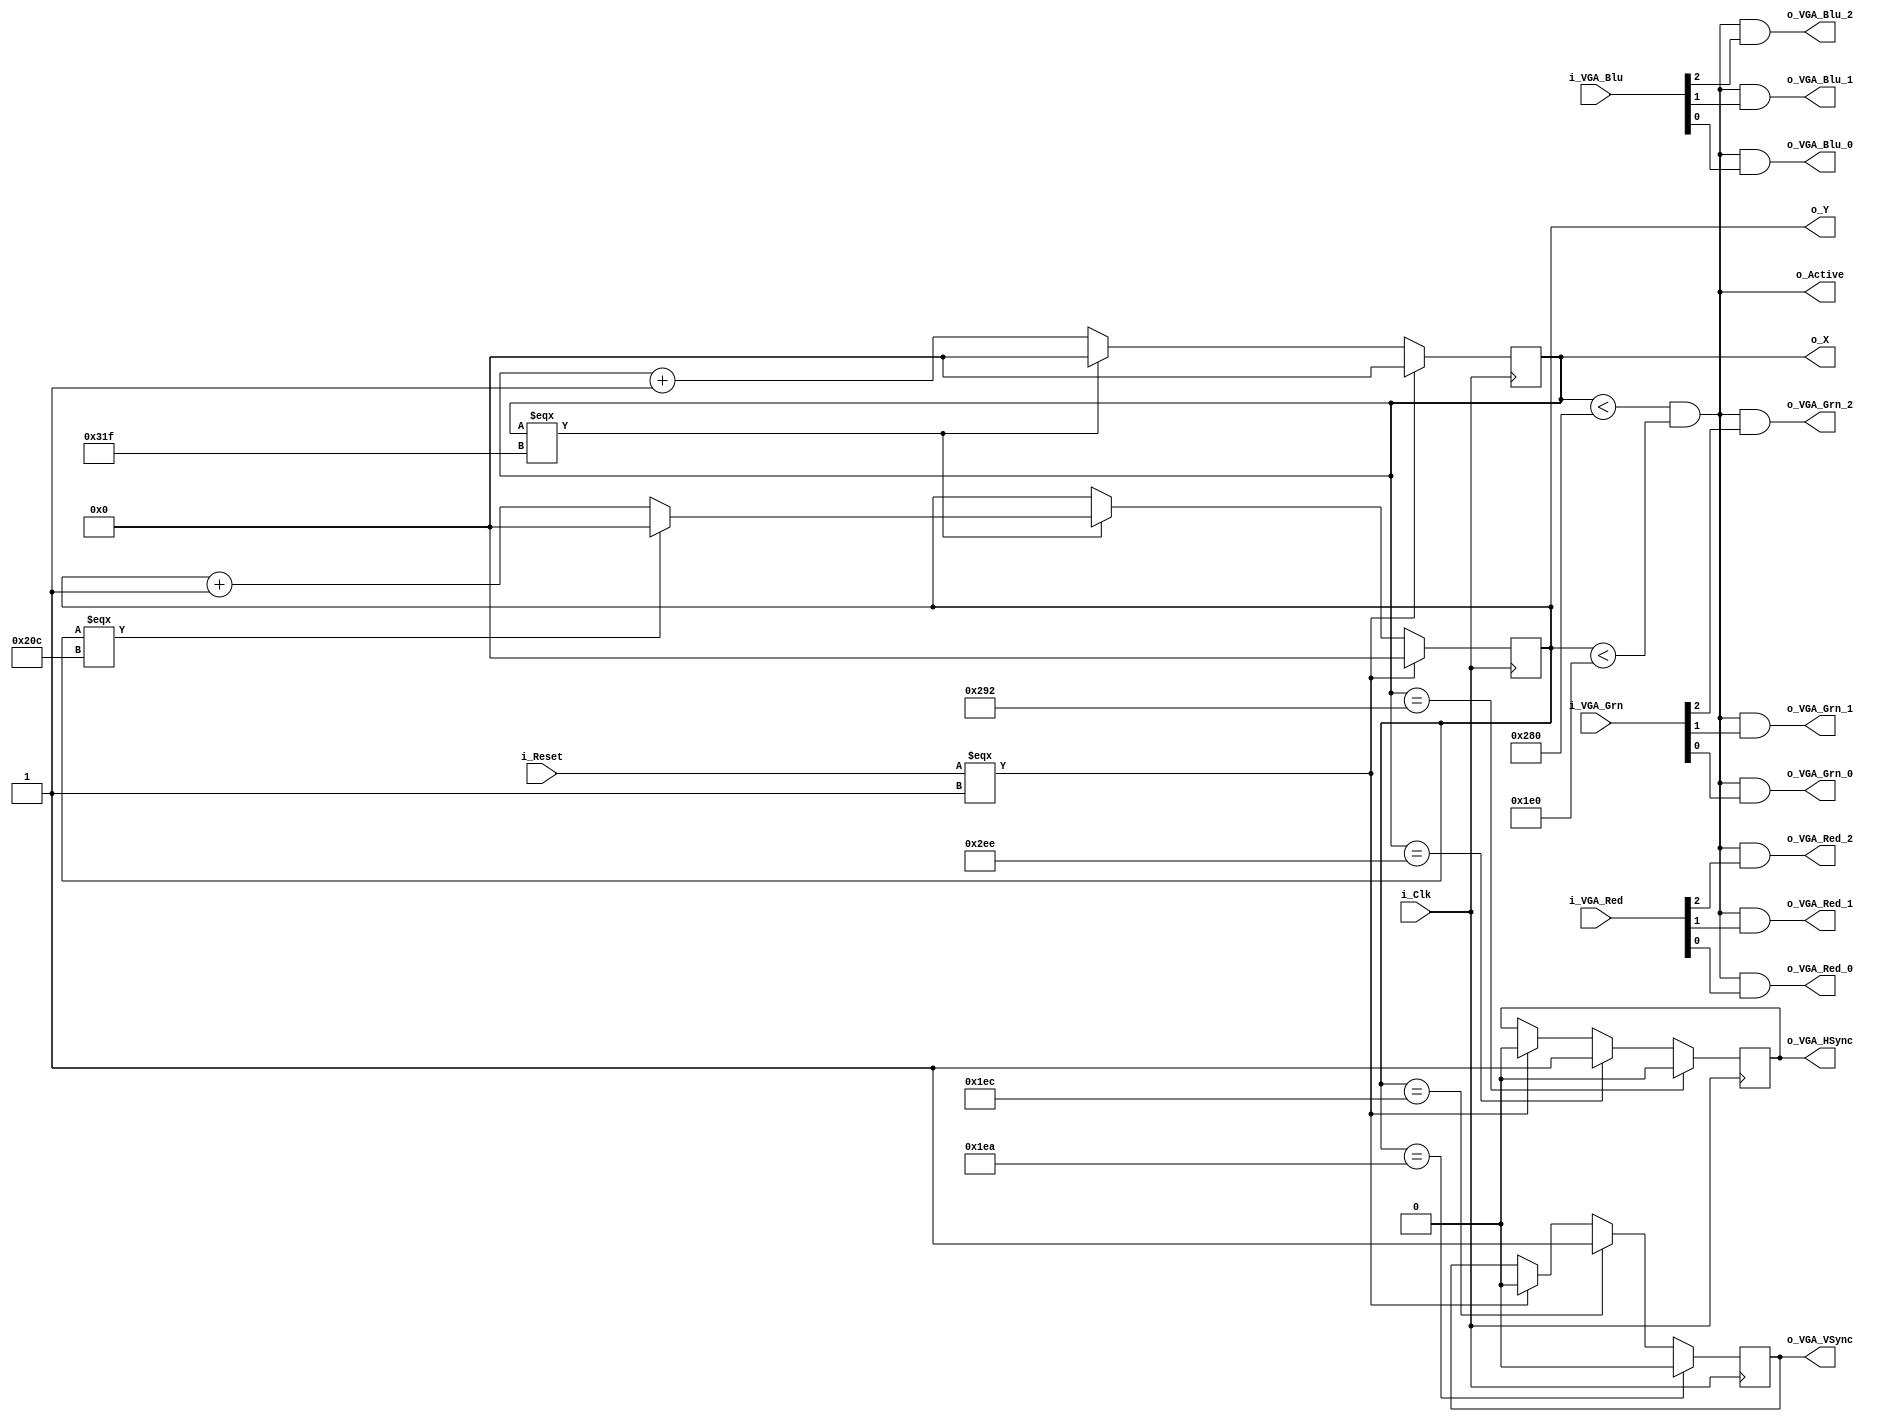
module VGA_Controller (
  input i_Clk,
  input i_Reset,
  input [2:0] i_VGA_Red,
  input [2:0] i_VGA_Grn,
  input [2:0] i_VGA_Blu,
  // Useful outputs
  output [11:0] o_X,
  output [11:0] o_Y,
  output o_Active,
  // Boring outputs
  output o_VGA_HSync,
  output o_VGA_VSync,
  output o_VGA_Red_2,
  output o_VGA_Red_1,
  output o_VGA_Red_0,
  output o_VGA_Grn_2,
  output o_VGA_Grn_1,
  output o_VGA_Grn_0,
  output o_VGA_Blu_2,
  output o_VGA_Blu_1,
  output o_VGA_Blu_0
  );
  
  parameter H_TOTAL_WIDTH = 12'd800;
  parameter H_VISIBLE_WIDTH = 12'd640;
  parameter H_FRONT_PORCH = 12'd18;
  parameter H_BACK_PORCH = 12'd50;
  parameter H_START = H_VISIBLE_WIDTH + H_FRONT_PORCH;
  parameter H_FINISH = H_TOTAL_WIDTH - H_BACK_PORCH;
  
  parameter V_TOTAL_HEIGHT = 12'd525;
  parameter V_VISIBLE_HEIGHT = 12'd480;
  parameter V_FRONT_PORCH = 12'd10;
  parameter V_BACK_PORCH = 12'd33;
  parameter V_START = V_VISIBLE_HEIGHT + V_FRONT_PORCH;
  parameter V_FINISH = V_TOTAL_HEIGHT - V_BACK_PORCH;
  
  reg [11:0] r_HCounter = 12'b0;
  reg [11:0] r_VCounter = 12'b0;
  reg r_HSync = 1'b1;
  reg r_VSync = 1'b1;
  
  always @ (posedge i_Clk) begin
    if (i_Reset === 1'b1) begin
      r_HCounter <= 12'b0;
      r_VCounter <= 12'b0;
      r_HSync <= 1'b0;
      r_VSync <= 1'b0;
    end else begin
      if (r_HCounter === H_TOTAL_WIDTH - 1) begin
        r_HCounter <= 12'b0;
        if (r_VCounter === V_TOTAL_HEIGHT - 1) begin
          r_VCounter <= 12'b0;
        end else begin
          r_VCounter <= r_VCounter + 1;
        end
      end else begin
        r_HCounter <= r_HCounter + 1;
      end
    end
    if (r_HCounter == H_START)
      r_HSync <= 1'b0;
    else if (r_HCounter == H_FINISH)
      r_HSync <= 1'b1;
    if (r_VCounter == V_START)
      r_VSync <= 1'b0;
    else if (r_VCounter == V_FINISH)
      r_VSync <= 1'b1;
  end
  
  wire active = (r_HCounter < 640) && (r_VCounter < 480);
  
  // Outputs that might help the parent module decide
  // what color to output.
  assign o_X = r_HCounter;
  assign o_Y = r_VCounter;
  assign o_Active = active;
  
  // Boring output that's just for connecting to the VGA pins
  // so we don't have to worry about that in more than one place
  assign o_VGA_HSync = r_HSync;
  assign o_VGA_VSync = r_VSync;
  assign o_VGA_Red_2 = active && i_VGA_Red[2];
  assign o_VGA_Red_1 = active && i_VGA_Red[1];
  assign o_VGA_Red_0 = active && i_VGA_Red[0];
  assign o_VGA_Grn_2 = active && i_VGA_Grn[2];
  assign o_VGA_Grn_1 = active && i_VGA_Grn[1];
  assign o_VGA_Grn_0 = active && i_VGA_Grn[0];
  assign o_VGA_Blu_2 = active && i_VGA_Blu[2];
  assign o_VGA_Blu_1 = active && i_VGA_Blu[1];
  assign o_VGA_Blu_0 = active && i_VGA_Blu[0];
  
endmodule